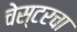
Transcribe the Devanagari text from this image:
चेस्टरचा